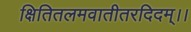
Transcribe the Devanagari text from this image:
क्षितितलमवातीतरदिदम्।।